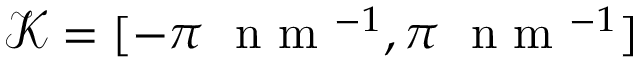
\mathcal { K } = [ - \pi ~ { \mathrm { ~ n ~ m ~ } } ^ { - 1 } , \pi ~ { \mathrm { ~ n ~ m ~ } } ^ { - 1 } ]